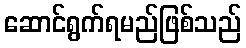
ဆောင်ရွက်ရမည်ဖြစ်သည်